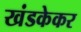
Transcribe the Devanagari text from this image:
खंडकेकर